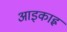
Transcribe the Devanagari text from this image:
आइकाह्न